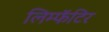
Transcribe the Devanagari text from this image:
लिम्फॅटिर